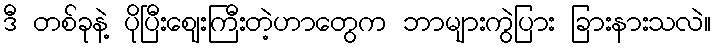
ဒီ တစ်ခုနဲ့ ပိုပြီးဈေးကြီးတဲ့ဟာတွေက ဘာများကွဲပြား ခြားနားသလဲ။